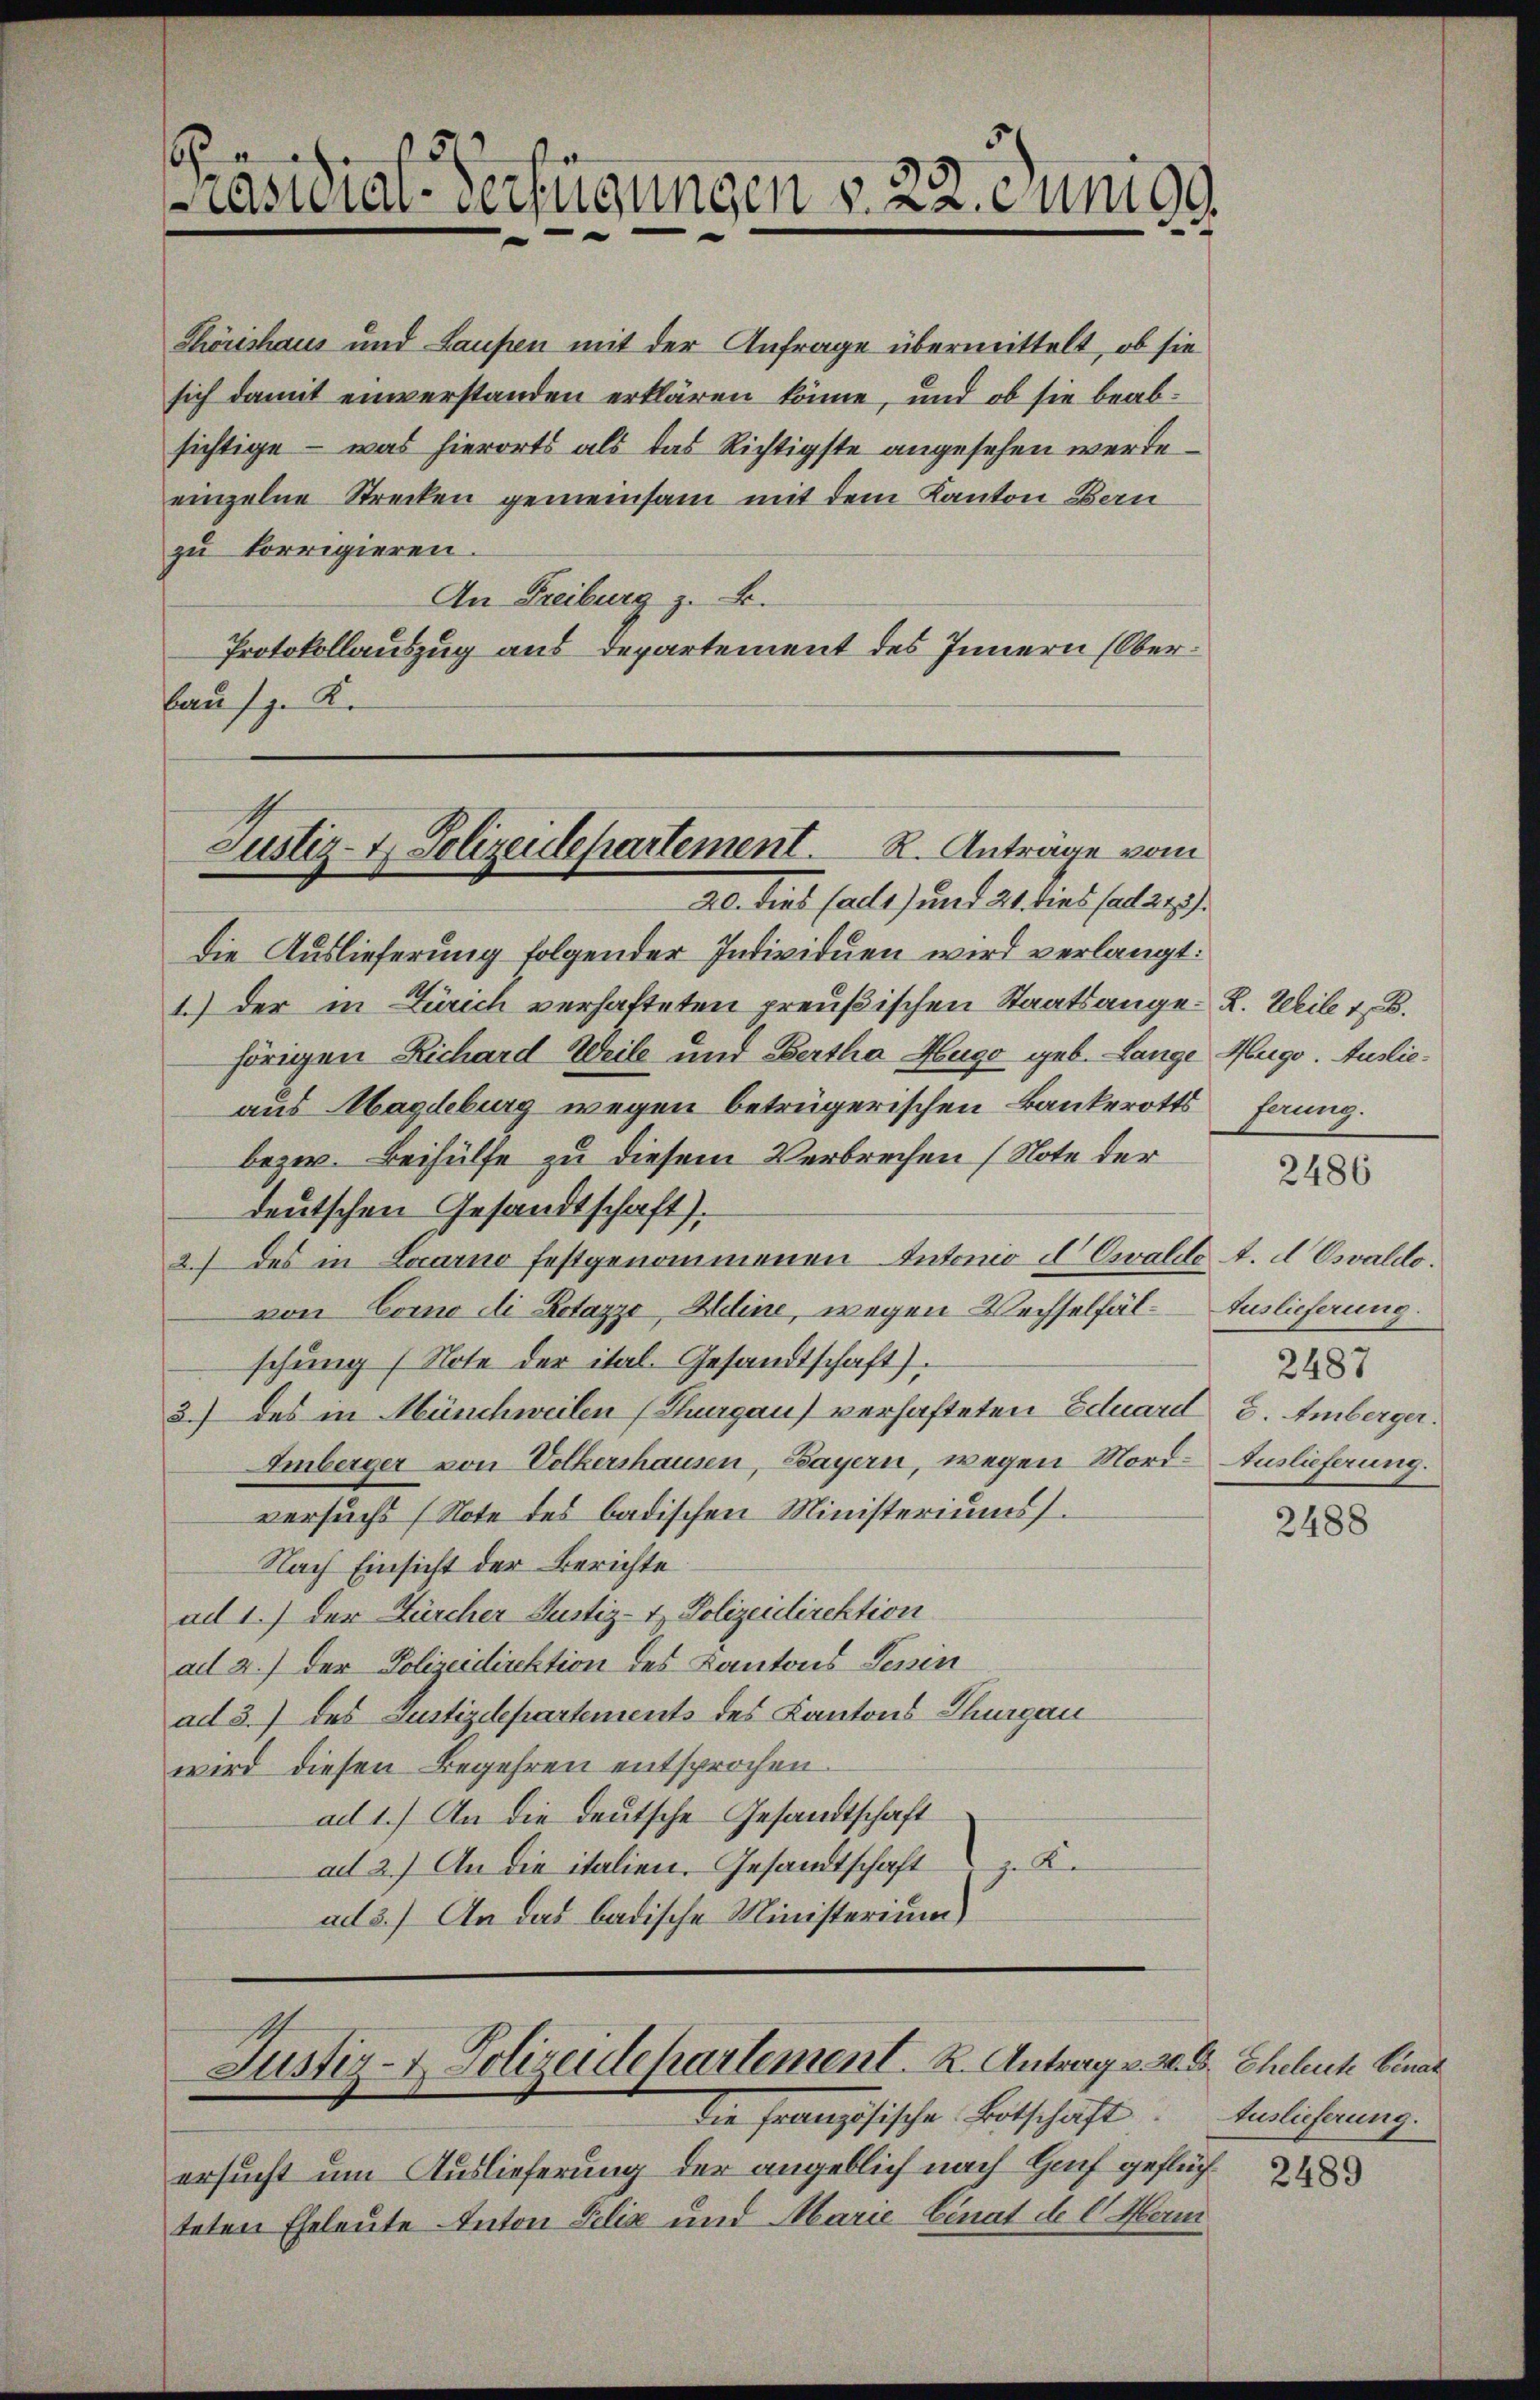
5

räsidial-Verfügungen v. 22. einigg
e

Chörishaus und Laufen mit der Anfrage übermittelt, ob sie
sich damit einverstanden erklären könne, und ob sie beabsichtige – was hierorts als das Richtigste angesehen werde.
einzelne Strecken gemeinsam mit dem Kanton Bern
zu korrigieren.
An Freiburg z. B.
Protokollauszug aus Departement des Innern (Ober¬
Haufz. K.

Die Auslieferung folgender Individuen wird verlangt:
1.) Der in Zürich verhafteten preußischen Staatsange-R. Weile 1.
hörigen Richard Weile und Bertha Hugo geb. Lange Hugo. Auslieaus Magdeburg wegen betrügerischen Bankerotts Faung.
bezw. Beihülfe zu diesem Verbrechen (Note der
deutschen Gesandtschaft).
2.) des in Locarno festgenommenen Intonio Cl Ewaldo A. A. Oswaldo.
von Como di Botazzo, Heine, wegen Wechselfäl-Auslieferung
schung (Note der ital. Gesandtschaft).
3.) Das in Münchweilen (Thurgau) verhafteten Eduard S. Amberger.
Amberger von Volkershausen, Bayern, wegen Nord- Auslieferung.
versuchs (Note des badischen Ministeriums
Nach Einsicht der Berichte
ad 1.) der Zürcher Justiz- & Polizeidirektion
ad 2.) Der Polizeidirektion des Kantons Senin
ad 3.) des Justizdepartements des Kantons Thurgau
wird diesen Begehren entsprochen.
ad 1.) An die deutsche Gesandtschaft
ad 2.) An die italien. Gesandtschaft K
ad 3.) An das badische Ministerium

Justiz- & Polizeidepartement. R. Anträge vom
Al. dies fallt) und 21. dies sal 24).

Justiz- & Polizeidepartement. K. Antrag u. z. B. Eheleuche Einal
die französische Entschaft.

ersucht um Auslieferung der angeblich nach Hof geflüch
teten Eheleute Anton Felix und Marie-Einat de l. Mann

2486

2487

2488

Auslieferung.